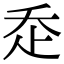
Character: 𧺆